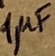
Text: 1µF